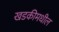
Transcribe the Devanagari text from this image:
खडकीमधील